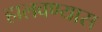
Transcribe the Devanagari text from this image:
हालवण्यास